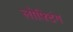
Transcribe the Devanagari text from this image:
लोफ्टिंग